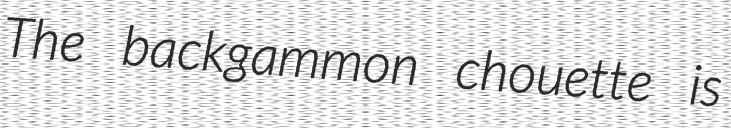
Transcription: The backgammon chouette is